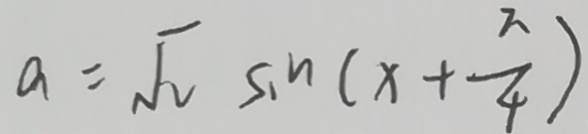
a = \sqrt { 2 } \sin ( x + \frac { \pi } { 4 } )